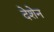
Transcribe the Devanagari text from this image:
देशेन